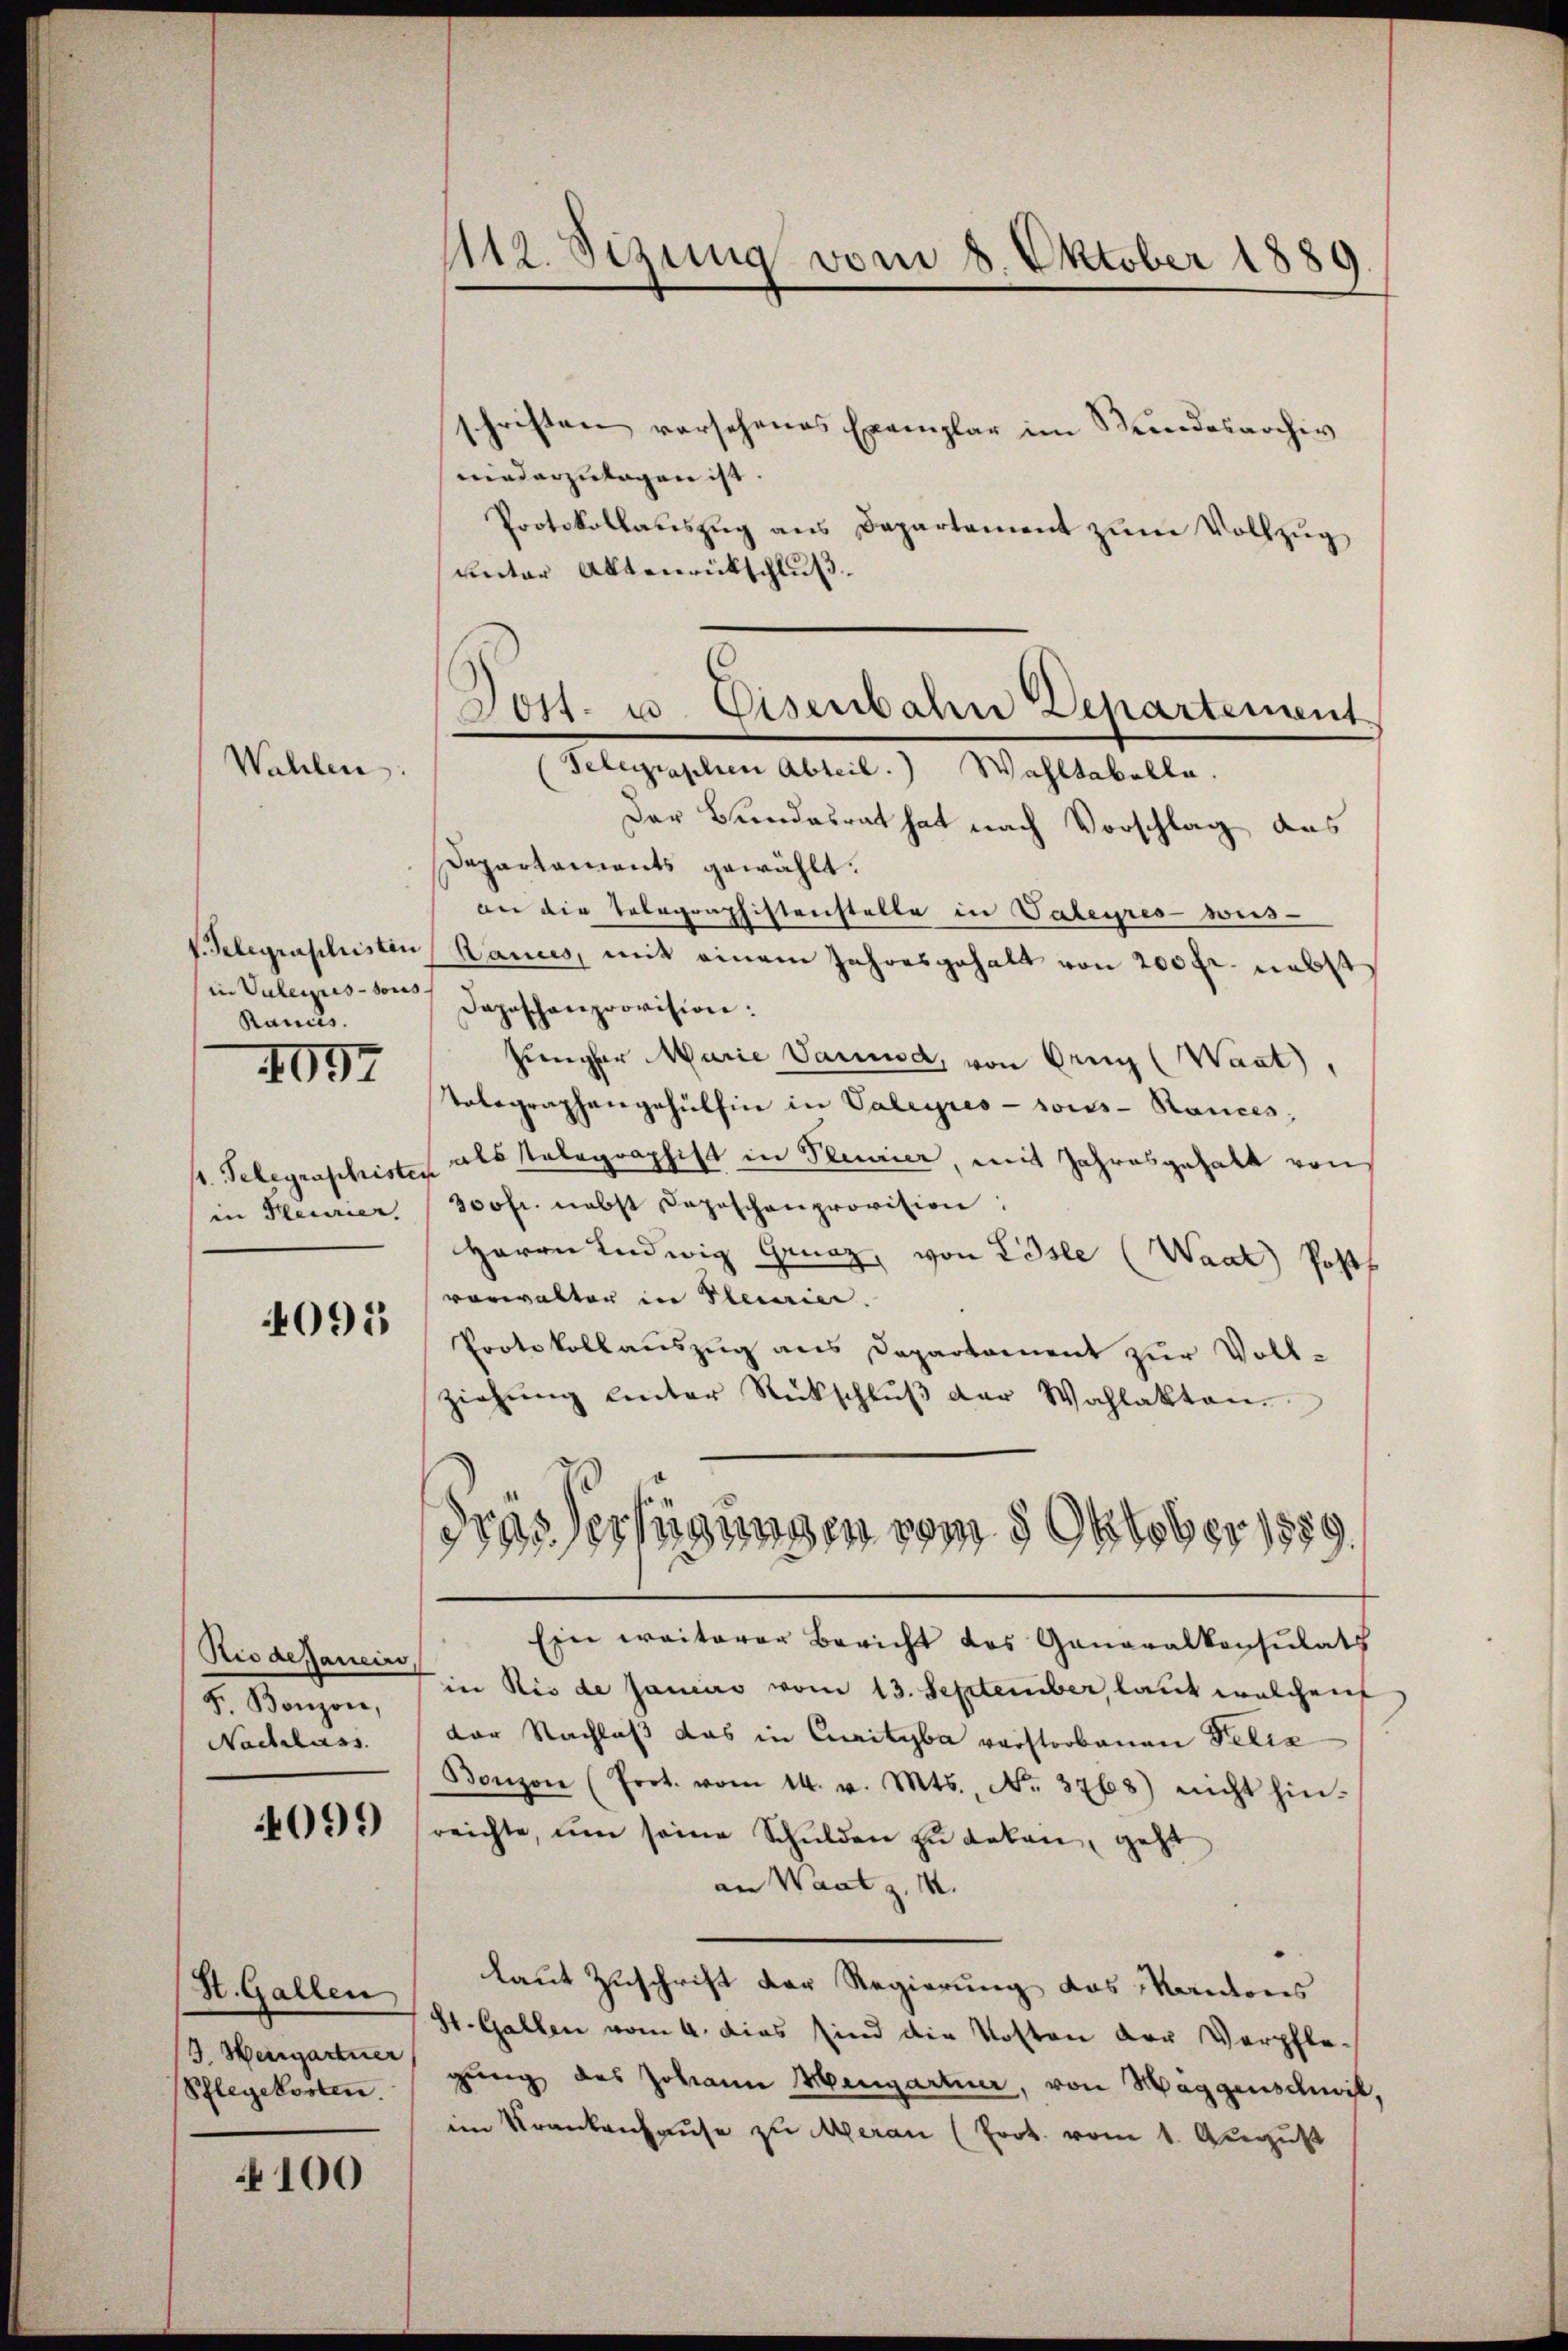
Wahlen:

in Vulexes sous
Ranus.

4097

1. Telegenschristi
in Pleurier

4095

Rio dessaneiro
F. Bonzon,
Nachlass.

409)

St. Gallen
J. Hengartner
Pflegekosten.

4100

112. Sezung vom 8. Oktober 1889

schriften vorsehenes Exemplar im Stundesarchiv
niederzulagen ist.
Protokollauszug aus Departament zum Vollzug,
unter Aktenrückschluß.
Der Bundesrat hat nach Vorschlag das
Departaments gewählt:
an die Telegraphistenstelle in Vateures weis-
V. Gelegraphisten Banus, mit einem Jahresgehalt von 200 fr. nebst
Depeschenprovision:
Jünger Marie Vaunod, von Orng (Waat),
Volegraphengehülfen in Valeyres sous-Rances,
alsstalographist in Plinier, mit Jahresgehalt von
300fr. nebst Depeschenprovision:
Herrn Ludwig Graz, von Lösle (Waat) Posth
vorwalter in Placier.
Protokollauszug aus Departament zur Voll-
ziehŭng unter Rückschlŭβ der Wahlakten
dres Verfügungen vom 3 Oktober 1889.
Ein weiterer Bericht des Generalkonsulats
in Rio de Janiers vom 13. September, laut welchenf
der Nachlaß das in Curityba verstorbenen Felix
Bonzon (Erot. vom 14. v. Mts., No. 3768) nicht hin-
reichte, um seine Schulden zu erken, geht
an Waatz. 1.
laut Zuschrift der Regierung des Kantons
St. Gallen vom 4. dies sind die Kosten der Verpfle-
gung des Johann Mengartner, von Maggenschwil,
im Krankenhause zu Meran (Frot. vom 1. August

Jost- u. Eisenbahn Departement
Telegraschen Abteil. Wahltabelle.